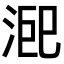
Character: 𭰨